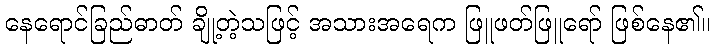
နေရောင်ခြည်ဓာတ် ချို့တဲ့သဖြင့် အသားအရေက ဖြူဖတ်ဖြူရော် ဖြစ်နေ၏။